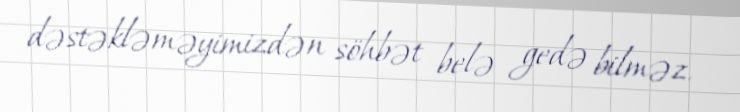
dəstəkləməyimizdən söhbət belə gedə bilməz.